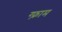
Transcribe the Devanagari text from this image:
ग्फ़्राम